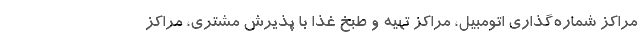
مراکز شماره‌گذاری اتومبیل، مراکز تهیه و طبخ غذا با پذیرش مشتری، مراکز